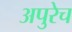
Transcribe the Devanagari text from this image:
अपुरेच